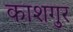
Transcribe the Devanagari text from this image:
काशगुर